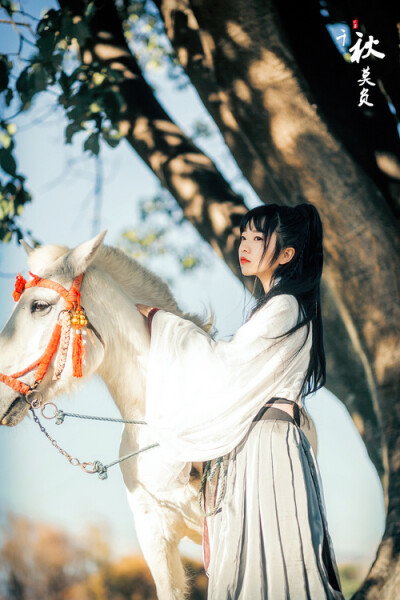
悠悠洛阳道，此会在何年。